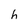
Character: h